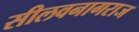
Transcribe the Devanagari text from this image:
सीलवनागराज